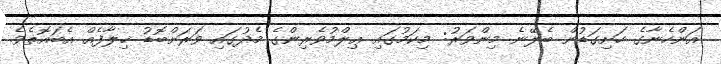
އަންހެނާގެ ހަށިގަޑުން ބެލޭނެ މިންވަރު: މިކަމުގައި ޢިލްމުވެރިންގެ މެދުގައި ވަރަށްބޮޑު ޚިލާފެއް އެބައޮތެވެ.